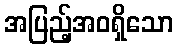
အပြည့်အဝရှိသော